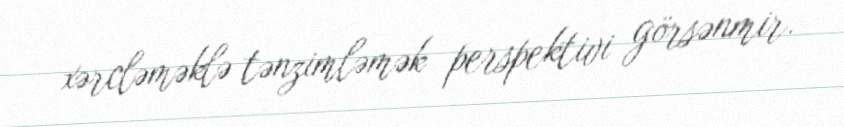
xərcləməklə tənzimləmək perspektivi görsənmir.